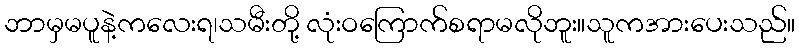
ဘာမှမပူနဲ့ကလေးရ၊သမီးတို့ လုံးဝကြောက်စရာမလိုဘူး။သူကအားပေးသည်။